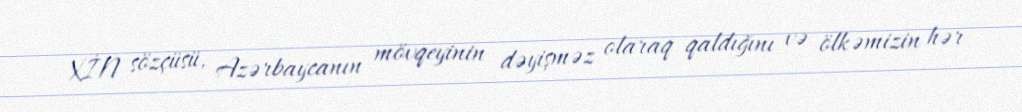
XİN sözçüsü, Azərbaycanın mövqeyinin dəyişməz olaraq qaldığını və ölkəmizin hər